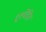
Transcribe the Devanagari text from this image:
द्र्श्येंद्रिय